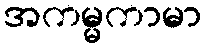
အကမ္မကာမာ